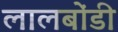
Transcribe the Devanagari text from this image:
लालबोंडी